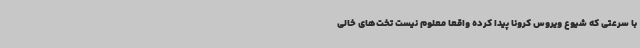
با سرعتی که شیوع ویروس کرونا پیدا کرده واقعا معلوم نیست تخت‌های خالی